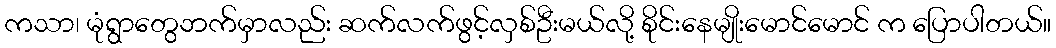
ကသာ၊ မုံရွာတွေဘက်မှာလည်း ဆက်လက်ဖွင့်လှစ်ဦးမယ်လို့ စိုင်းနေမျိုးမောင်မောင် က ပြောပါတယ်။